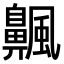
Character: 𫗅